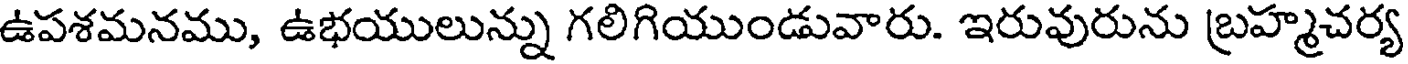
ఉపశమనము, ఉభయులున్ను గలిగియుండువారు. ఇరువురును బ్రహ్మచర్య